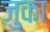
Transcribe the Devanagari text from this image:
जुका